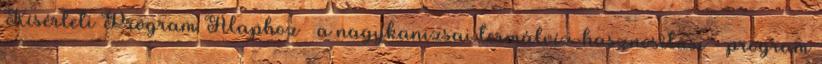
Kísérleti Program Alaphoz – a nagykanizsai termálvíz-hasznosítási - program